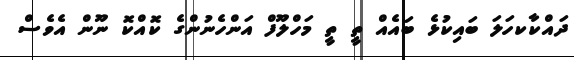
ދައްކާކހަލަ ބައިކުޅެ ބައެއް ތީ ތީ މަހްލޫފް އަންހެނުންގެ ކޮއްކޮ ނޫން އެވެސް